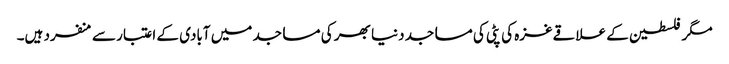
مگر فلسطین کے علاقےغزہ کی پٹی کی مساجد دنیا بھر کی مساجد میں آبادی کے اعتبار سے منفرد ہیں۔